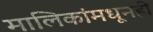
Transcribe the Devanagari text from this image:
मालिकांमधूनही